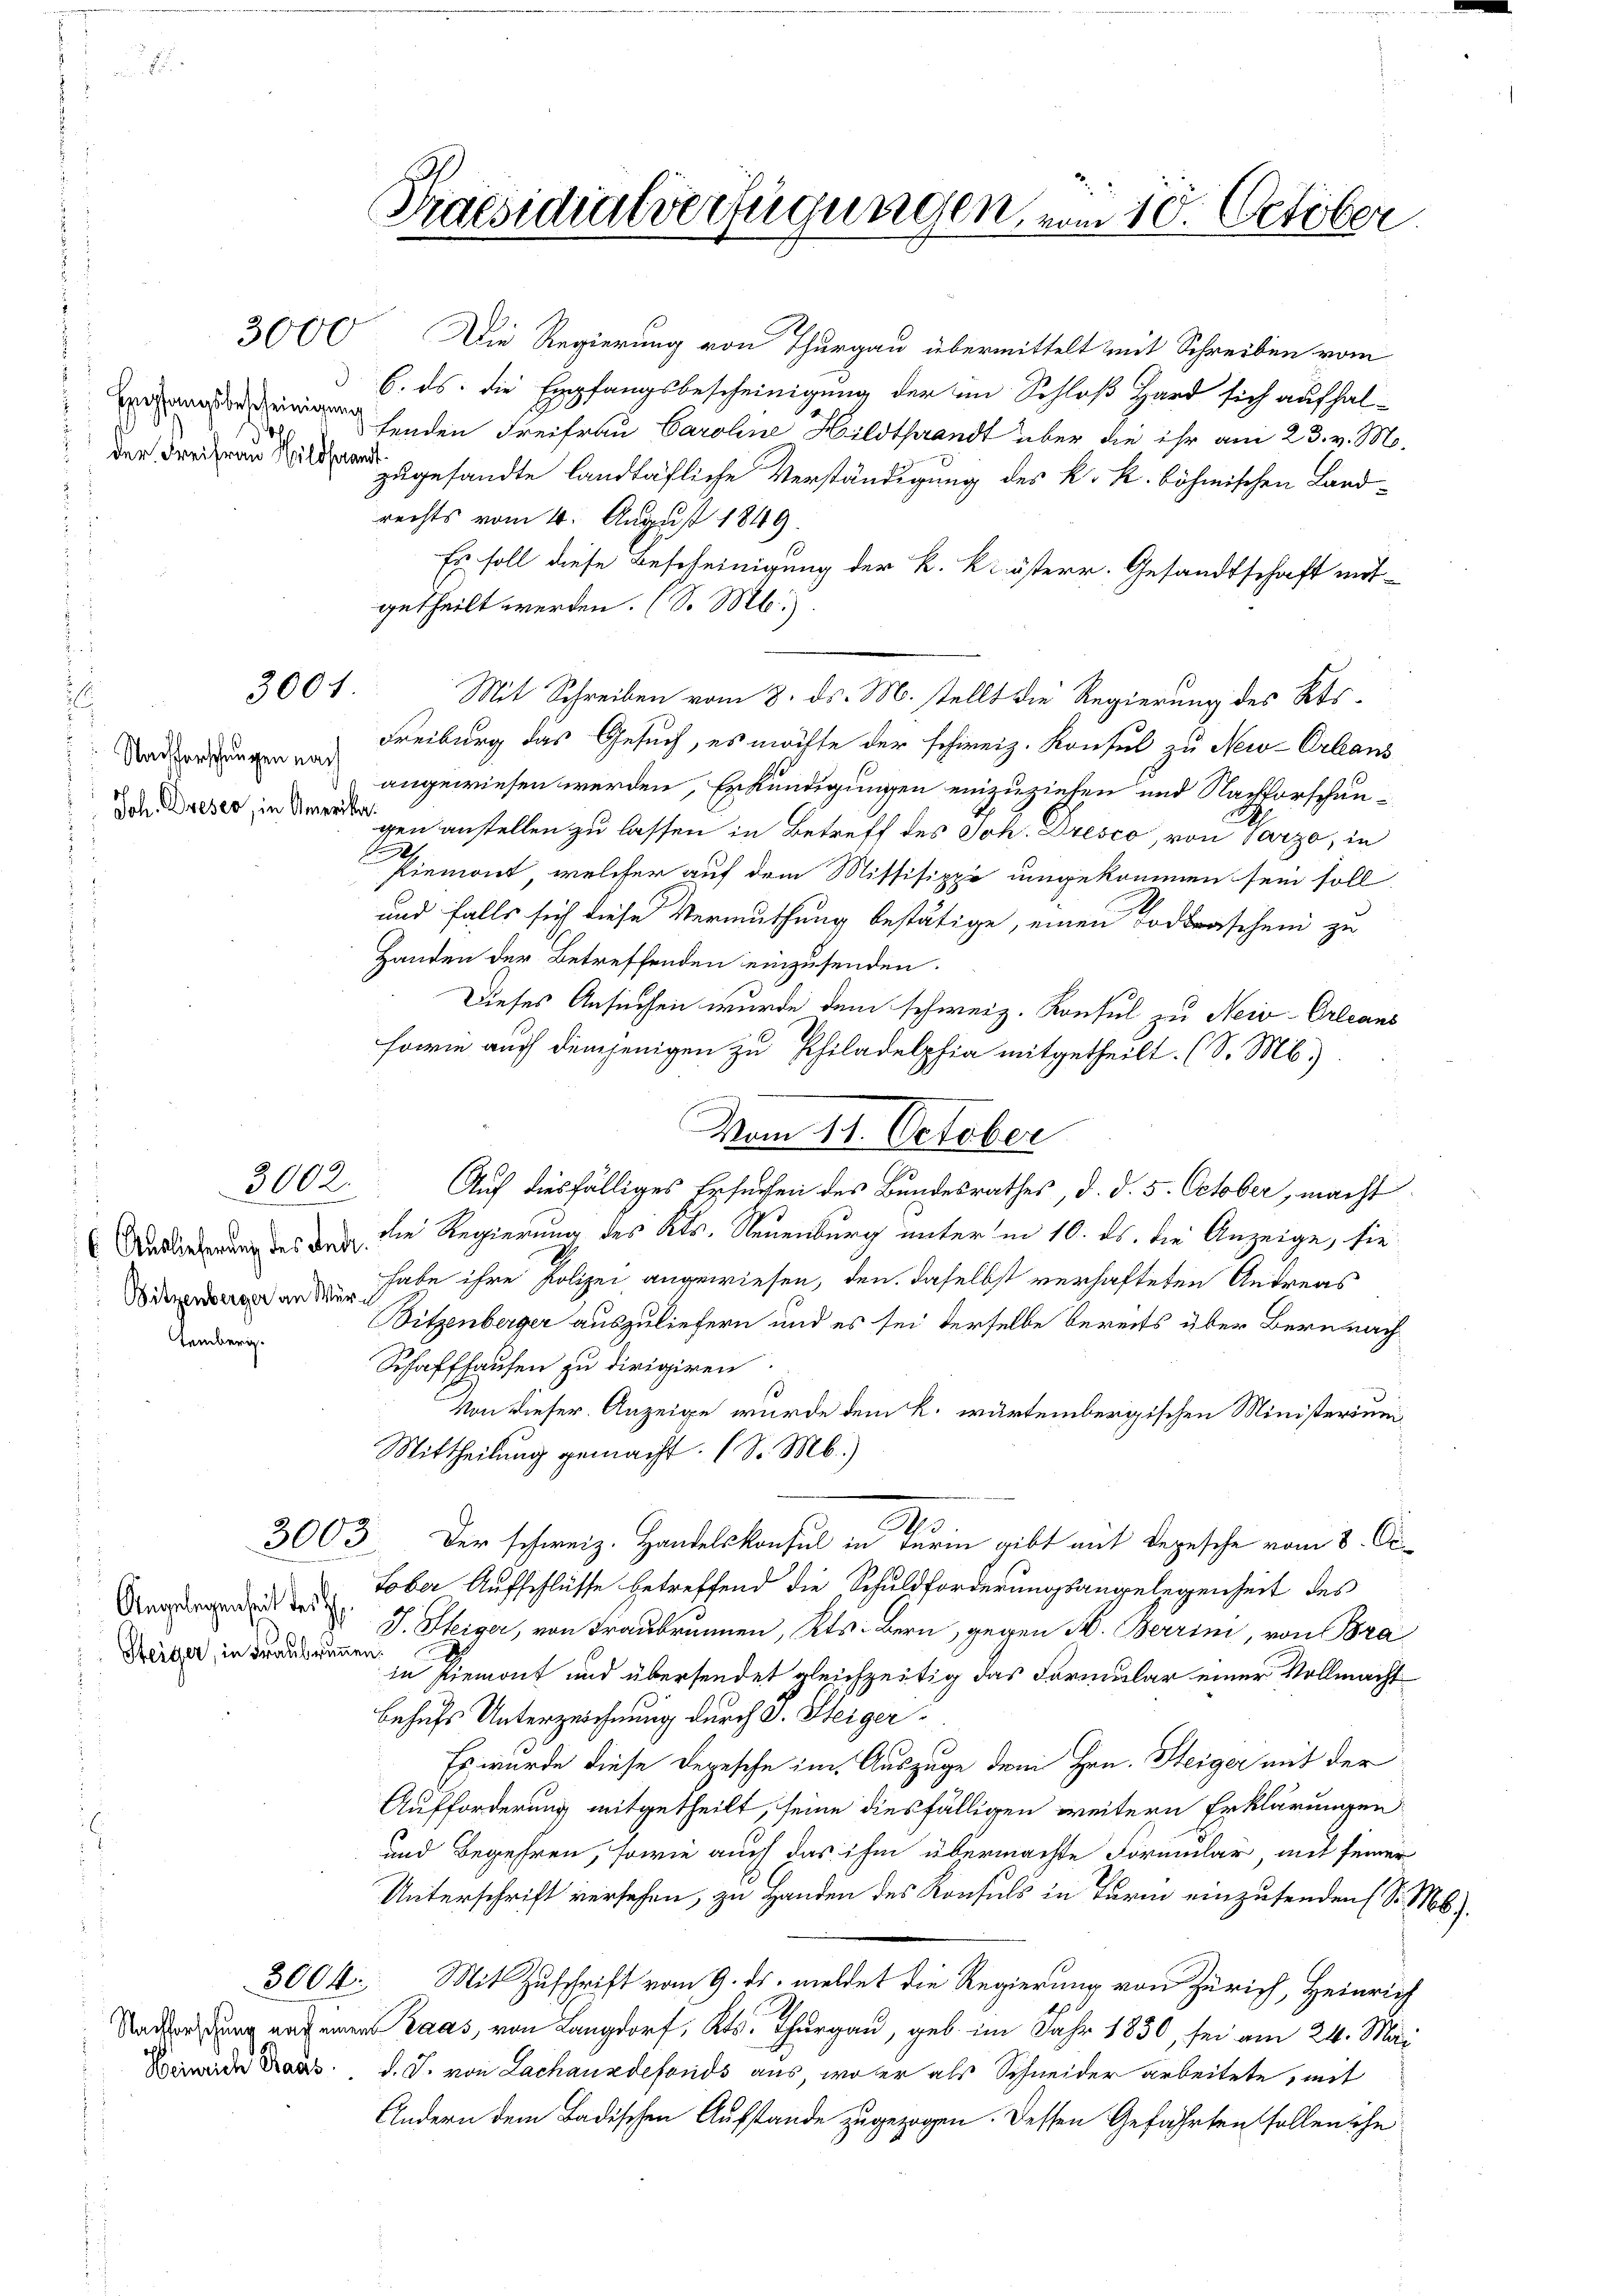
der Frei frau Wildfrant

Joh. Dieser, in Amerika

6. Auslieferung des Ande
Bitzenberger an Wern

temberg.

3001.

3003

Angelegenheit des H
Steiger, in Fraubrunnen.

3000 Die Regierung von Thurgau übermittelt mit Schreiben vom
 6. ds. die Empfangsbescheinigung der im Schloß Hard sich aufhal¬
Einigen finden Freifrau Caroline Hildthrandt über die ihr am 23. v. M.
zugesandte landtäfliche Verständigung des k. k. böhmischen Landrechts vom 4. August 1849.
Es soll diese Bescheinigung der k. k. österr. Gesandtschaft mit-
getheilt werden. (S. Mb).
Mit Schreiben vom 8. ds. M. stellt die Regierung des Kts¬
Vadorgungen Freiburg das Gesuch, es möchte der schweiz. Konsul zu New-Orleans
angewiesen werden, Erkundigungen einzuziehen und Nachforschungen anstellen zu lassen in Betreff des Joh. Dresco, von Parze, in
.
Riemont, welcher auf dem Missisippe umgekommen sein soll
und falls sich diese Vermuthung bestätige, einen Todraschen zu
Handen der Betreffenden einzusenden.
Dieses Ansuchen wurde dem schweiz. Konsul zu Neiv-Orleans
sowie auch demjenigen zu Philadelphia mitgetheilt. (S. M.)
Vom 11. October
3002. Auch diesfälliges Ersuchen des Bundesrathes, d. d. 5. October, macht
die Regierung des Kts. Neuenburg unter in 10. ds. die Anzeige, sie
habe ihre Polizei, angewiesen, den daselbst verhafteten Andreas
Bitzenberger auszuliefern und es sei derselbe bereits über Bern nach¬
Schaffhausen zu dirigiren
1
Von dieser Anzeige wurde dem k. wartembergischen Ministerium
Mittheilung gemacht. (S. M.)
.
Der schweiz. Handelskonsul in term gibt mit Depesche vom 8. Oc
tober Aufschlüsse betreffend die Schuldforderungsangelegenheit des
J. Steiger, von Traubrunnen, Kts. Bern, gegen H. Berrin, von Bra
in Piemont und übersendet gleichzeitig das Formular einer Vollmacht
Behufs Unterzeichnung durch d. Steiger
Es wurde diese Depesche im Auszuge dem Hrn. Steiger mit der
Aufforderung mitgetheilt, seine diesfälligen weitern Erklärungen
und Begehren, sowie auch das ihm übermachte Formular, mit seiner
Unterschrift versehen, zu Handen des Konsuls in Turm einzusenden (S. Mob.
3004 Mit Zuschrift vom 9. ds. meldet die Regierung von Zürich, Heinrich
Standerung nach einer Raas, von Langdorf, Kts. Thurgau, geb. im Jahr 1850, sei am 24. Mai
weide Kraus d. J. von Lachanzdefonds aus, wo er als Schneider arbeitete, mit
Andern dem Badischen Aufstande zugezogen. Dessen Gefährten follen ihn

Praesidialverfügungen vom 10. October